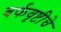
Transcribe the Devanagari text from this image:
बर्फवृष्टीचे